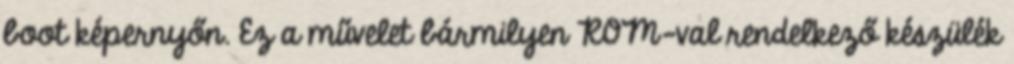
boot képernyőn. Ez a művelet bármilyen ROM-val rendelkező készülék